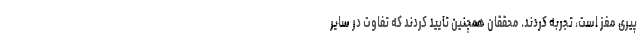
پیری مغز است، تجربه کردند. محققان همچنین تایید کردند که تفاوت در سایر